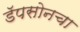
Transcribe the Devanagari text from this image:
डॅपसोनचा